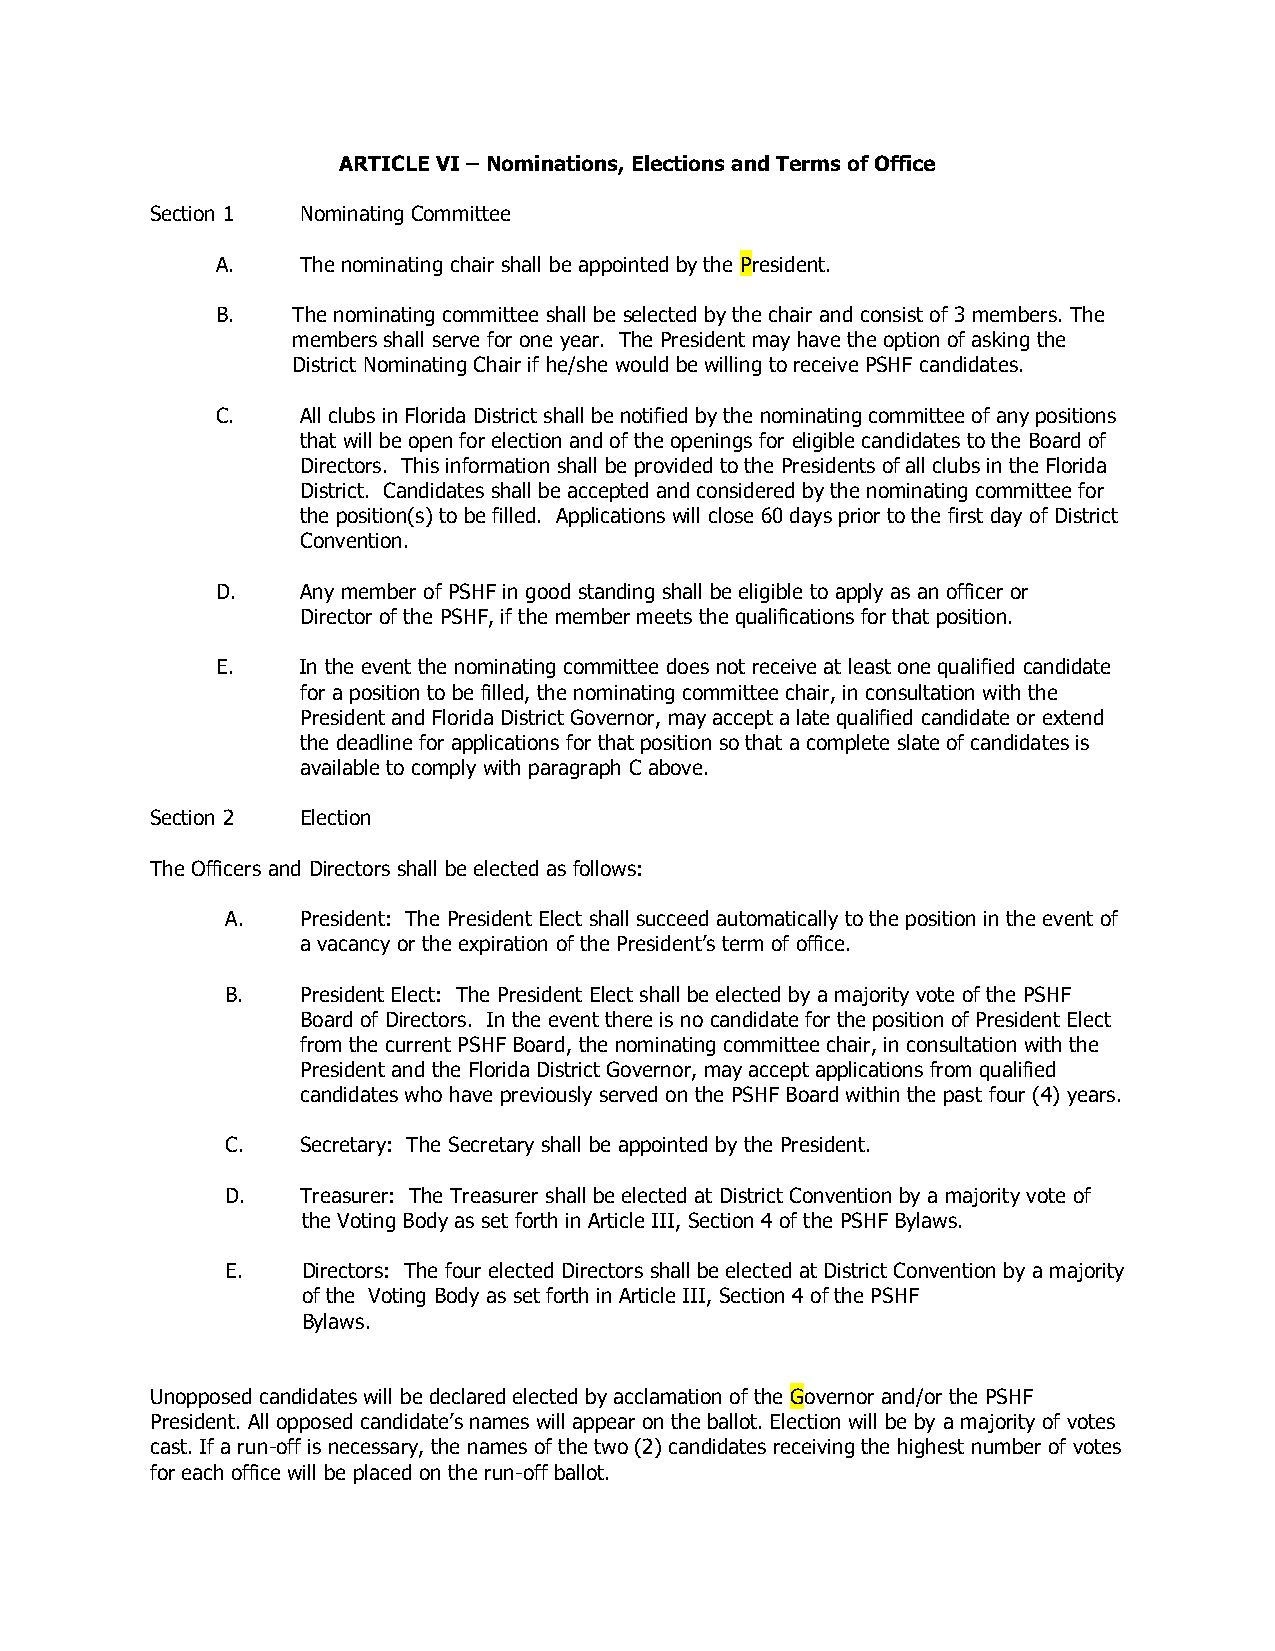
ARTICLE VI – Nominations, Elections and Terms of Office
 Section 1 Nominating Committee
 A.    The nominating chair shall be appointed by the President.
 B.   The nominating committee shall be selected by the chair and consist of 3 members. The
 members shall serve for one year. The President may have the option of asking the
 District Nominating Chair if he/she would be willing to receive PSHF candidates.
 C.    All clubs in Florida District shall be notified by the nominating committee of any positions
 that will be open for election and of the openings for eligible candidates to the Board of
 Directors. This information shall be provided to the Presidents of all clubs in the Florida
 District. Candidates shall be accepted and considered by the nominating committee for
 the position(s) to be filled. Applications will close 60 days prior to the first day of District
 Convention.
 D.    Any member of PSHF in good standing shall be eligible to apply as an officer or
 Director of the PSHF, if the member meets the qualifications for that position.
 E.    In the event the nominating committee does not receive at least one qualified candidate
 for a position to be filled, the nominating committee chair, in consultation with the
 President and Florida District Governor, may accept a late qualified candidate or extend
 the deadline for applications for that position so that a complete slate of candidates is
 available to comply with paragraph C above.
 Section 2 Election
 The Officers and Directors shall be elected as follows:
 A.   President: The President Elect shall succeed automatically to the position in the event of
 a vacancy or the expiration of the President’s term of office.
 B.   President Elect: The President Elect shall be elected by a majority vote of the PSHF
 Board of Directors. In the event there is no candidate for the position of President Elect
 from the current PSHF Board, the nominating committee chair, in consultation with the
 President and the Florida District Governor, may accept applications from qualified
 candidates who have previously served on the PSHF Board within the past four (4) years.
 C.   Secretary: The Secretary shall be appointed by the President.
 D.   Treasurer: The Treasurer shall be elected at District Convention by a majority vote of
 the Voting Body as set forth in Article III, Section 4 of the PSHF Bylaws.
 E.   Directors: The four elected Directors shall be elected at District Convention by a majority
 of the Voting Body as set forth in Article III, Section 4 of the PSHF
 Bylaws.
 Unopposed candidates will be declared elected by acclamation of the Governor and/or the PSHF
 President. All opposed candidate’s names will appear on the ballot. Election will be by a majority of votes
 cast. If a run-off is necessary, the names of the two (2) candidates receiving the highest number of votes
 for each office will be placed on the run-off ballot.